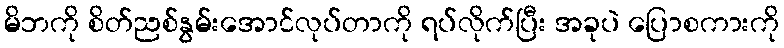
မိဘကို စိတ်ညစ်နွမ်းအောင်လုပ်တာကို ရပ်လိုက်ပြီး အခုပဲ ပြောစကားကို